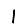
Digit: 1